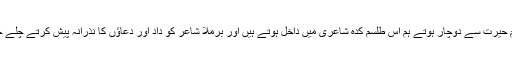
گام بہ گام حیرت سے دوچار ہوتے ہم اس طلسم کدہِ شاعری میں داخل ہوتے ہیں اور برملا شاعر کو داد اور دعاؤں کا نذرانہ پیش کرتے چلے جاتے ہیں۔